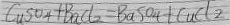
C u S o _ { 4 } + B a C l _ { 2 } = B a S o _ { 4 } + C u C l _ { 2 }